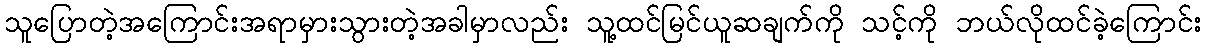
သူပြောတဲ့အကြောင်းအရာမှားသွားတဲ့အခါမှာလည်း သူ့ထင်မြင်ယူဆချက်ကို သင့်ကို ဘယ်လိုထင်ခဲ့ကြောင်း